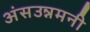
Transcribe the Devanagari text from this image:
अंसउन्नमनी